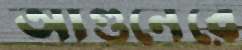
আগুনেরে